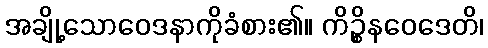
အချို့သောဝေဒနာကိုခံစား၏။ ကိဉ္စိနဝေဒေတိ၊